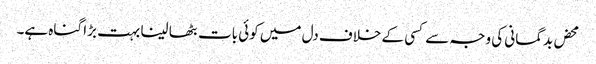
محض بدگمانی کی وجہ سے کسی کے خلاف دل میں کوئی بات بٹھا لینا بہت بڑا گناہ ہے۔